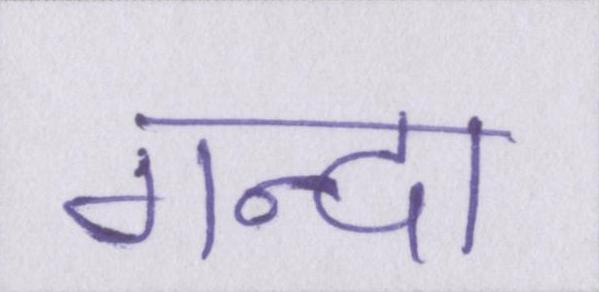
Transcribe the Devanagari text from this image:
गन्दा